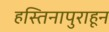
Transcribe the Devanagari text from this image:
हस्तिनापुराहून